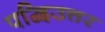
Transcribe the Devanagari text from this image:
पद्विउत्तर